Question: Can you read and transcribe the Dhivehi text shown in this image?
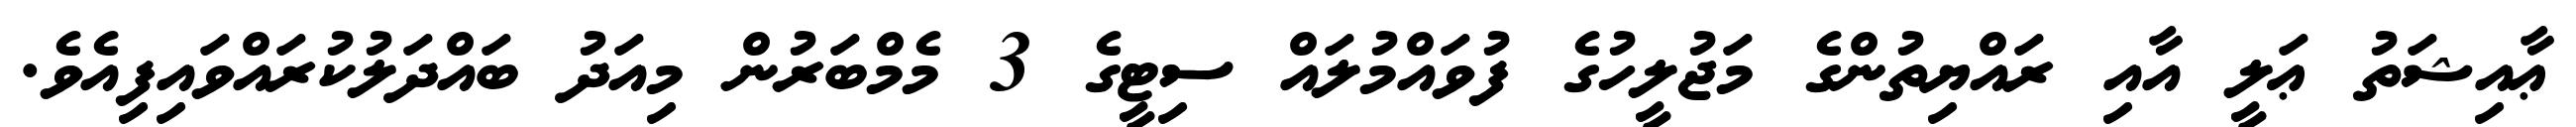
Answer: ޢާއިޝަތު ޢަލީ އާއި ރައްޔިތުންގެ މަޖުލީހުގެ ފުވައްމުލައް ސިޓީގެ 3 މެމްބަރުން މިއަދު ބައްދަލުކުރައްވައިފިއެވެ.